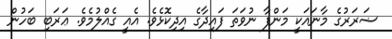
ޟަރަރުގެ މާނައަކީ މަންފާ ނުވަތަ ފައިދާގެ އިދިކޮޅެވެ. އެއީ ގެއްލުމެވެ. ޢަރަބި ބަހުން